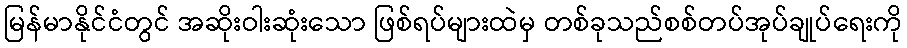
မြန်မာနိုင်ငံတွင် အဆိုးဝါးဆုံးသော ဖြစ်ရပ်များထဲမှ တစ်ခုသည်စစ်တပ်အုပ်ချုပ်ရေးကို